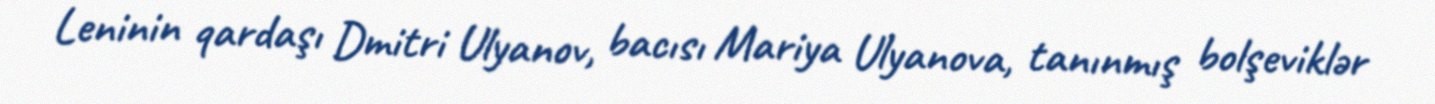
Leninin qardaşı Dmitri Ulyanov, bacısı Mariya Ulyanova, tanınmış bolşeviklər